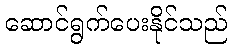
ဆောင်ရွက်ပေးနိုင်သည်